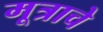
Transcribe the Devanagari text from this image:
मूत्राचे